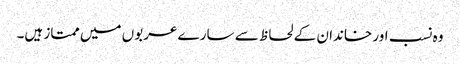
وہ نسب اور خاندان کے لحاظ سے سارے عربوں میں ممتاز ہیں۔